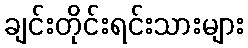
ချင်းတိုင်းရင်းသားများ